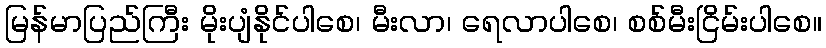
မြန်မာပြည်ကြီး မိုးပျံနိုင်ပါစေ၊ မီးလာ၊ ရေလာပါစေ၊ စစ်မီးငြိမ်းပါစေ။